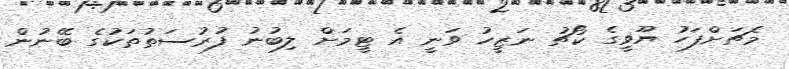
މެޗަށްފަހު ޔޫވީގެ ކޯޗު ނަޒީހު ވަނީ އެ ޓީމަށް ލިބުނު ފުރުސަތުތަކުގެ ބޭނުން